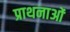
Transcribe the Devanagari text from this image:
प्राथनाओं